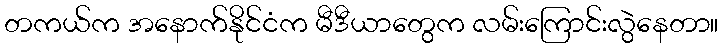
တကယ်က အနောက်နိုင်ငံက မီဒီယာတွေက လမ်းကြောင်းလွဲနေတာ။